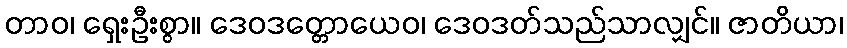
တာဝ၊ ရှေးဦးစွာ။ ဒေဝဒတ္တောယေဝ၊ ဒေဝဒတ်သည်သာလျှင်။ ဇာတိယာ၊